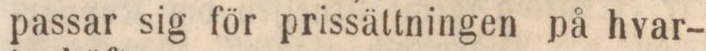
passar sig för prissättningen på hvar-